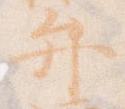
弁